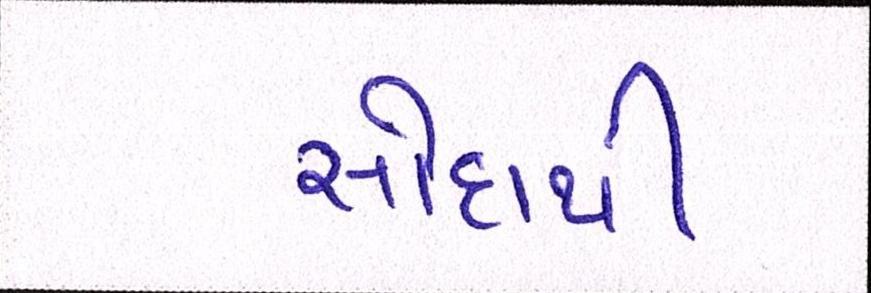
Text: સોદાથી